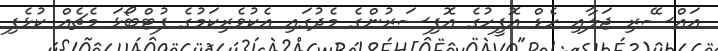
އައްސޭރި ޖަލާއި ހެޑް އޮފީހުގެ އޮފިސަރުންގެ މެދުގައި އެކުވެރިކަމުގެ ފުޓްބޯޅަ މެޗެއް ކުޅެފި